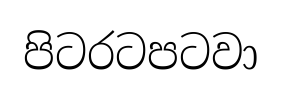
පිටරටපටවා